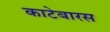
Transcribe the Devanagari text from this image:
काटेबारस